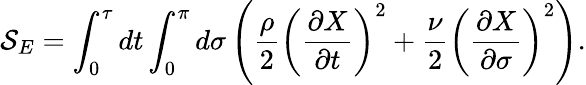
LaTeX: {\cal S}_{E}=\int_{0}^{\tau}dt\int_{0}^{\pi}d\sigma\left(\frac{\rho}{2}\left(\frac{\partial X}{\partial t}\right)^{2}+\frac{\nu}{2}\left(\frac{\partial X}{\partial\sigma}\right)^{2}\right).